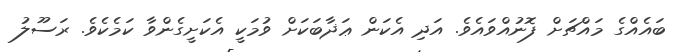
ބައެއްގެ މައްޗަށް ފޮނުއްވައެވެ. އަދި އެކަން ޢަޛާބަކަށް ވުމަކީ އެކަށީގެންވާ ކަމެކެވެ. ރަސޫލު